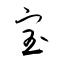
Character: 宝